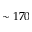
\sim 1 7 0